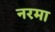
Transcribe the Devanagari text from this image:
नरमा